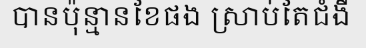
បានប៉ុន្មានខែផង ស្រាប់តែជំងឺ